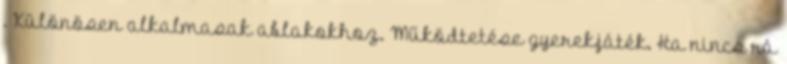
. Különösen alkalmasak ablakokhoz. Működtetése gyerekjáték. Ha nincs rá